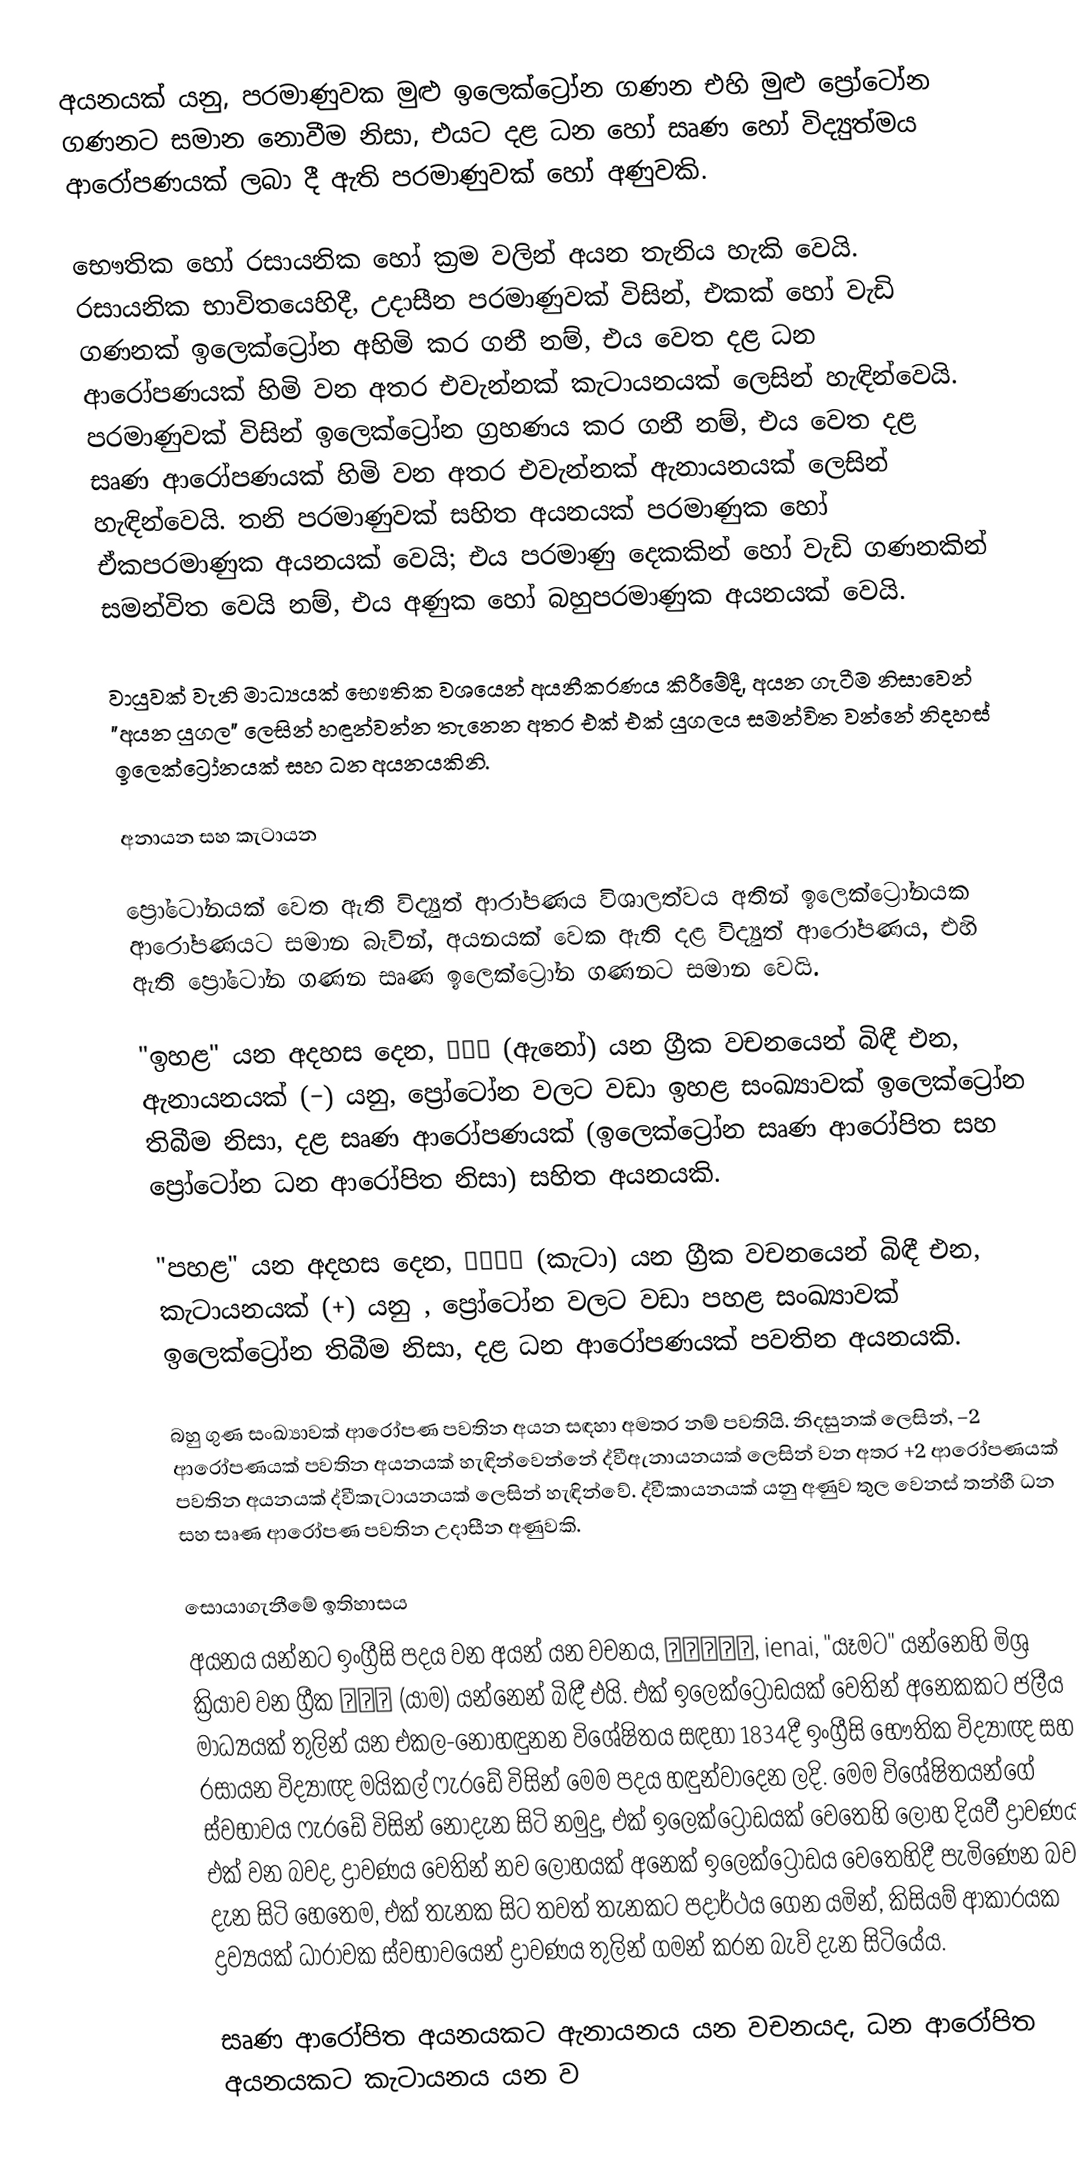
අයනයක් යනු, පරමාණුවක මුළු  ඉලෙක්ට්‍රෝන ගණන එහි  මුළු ප්‍රෝටෝන ගණනට සමාන නොවීම නිසා,  එයට දළ ධන හෝ සෘණ හෝ විද්‍යුත්මය ආරෝපණයක් ලබා දී ඇති  පරමාණුවක් හෝ අණුවකි.

භෞතික හෝ රසායනික හෝ ක්‍රම වලින් අයන තැනිය හැකි වෙයි. රසායනික භාවිතයෙහිදී, උදාසීන පරමාණුවක්  විසින්, එකක් හෝ වැඩි ගණනක් ඉලෙක්ට්‍රෝන අහිමි කර ගනී නම්, එය වෙත දළ ධන ආරෝපණයක් හිමි වන අතර එවැන්නක්  කැටායනයක් ලෙසින් හැඳින්වෙයි. පරමාණුවක් විසින් ඉලෙක්ට්‍රෝන ග්‍රහණය කර ගනී නම්, එය වෙත දළ සෘණ ආරෝපණයක් හිමි වන අතර එවැන්නක් ඇනායනයක් ලෙසින් හැඳින්වෙයි. තනි පරමාණුවක් සහිත අයනයක් පරමාණුක හෝ  ඒකපරමාණුක අයනයක් වෙයි; එය පරමාණු දෙකකින් හෝ වැඩි ගණනකින් සමන්විත වෙයි නම්, එය අණුක හෝ බහුපරමාණුක අයනයක් වෙයි.

වායුවක් වැනි මාධ්‍යයක් භෞතික වශයෙන් අයනීකරණය කිරීමේදී, අයන ගැටීම නිසාවෙන් "අයන යුගල" ලෙසින් හඳුන්වන්න තැනෙන අතර එක් එක් යුගලය සමන්විත වන්නේ නිදහස් ඉලෙක්ට්‍රෝනයක් සහ ධන අයනයකිනි.

අනායන සහ කැටායන

ප්‍රෝටෝනයක් වෙත ඇති විද්‍යුත් ආරා්පණය විශාලත්වය අතින් ඉලෙක්ට්‍රෝනයක ආරෝපණයට සමාන බැවින්, අයනයක් වෙක ඇති දළ විද්‍යුත් ආරෝපණය, එහි ඇති ප්‍රෝටෝන ගණන සෘණ ඉලෙක්ට්‍රෝන ගණනට සමාන වෙයි.

"ඉහළ" යන අදහස දෙන,  ἄνω (ඇනෝ) යන ග්‍රීක වචනයෙන් බිඳී එන, ඇනායනයක් (−) යනු, ප්‍රෝටෝන වලට වඩා ඉහළ සංඛ්‍යාවක් ඉලෙක්ට්‍රෝන තිබීම නිසා, දළ  සෘණ ආරෝපණයක් (ඉලෙක්ට්‍රෝන සෘණ ආරෝපිත සහ ප්‍රෝටෝන ධන ආරෝපිත නිසා) සහිත අයනයකි.

"පහළ" යන අදහස දෙන, κατά (කැටා) යන ග්‍රීක වචනයෙන් බිඳී එන, කැටායනයක් (+) යනු , ප්‍රෝටෝන වලට වඩා පහළ සංඛ්‍යාවක් ඉලෙක්ට්‍රෝන තිබීම නිසා, දළ  ධන ආරෝපණයක් පවතින අයනයකි.

බහු ගුණ සංඛ්‍යාවක් ආරෝපණ පවතින අයන සඳහා අමතර නම් පවතියි.  නිදසුනක් ලෙසින්, −2 ආරෝපණයක් පවතින අයනයක් හැඳින්වෙන්නේ ද්වීඇනායනයක් ලෙසින් වන අතර +2 ආරෝපණයක් පවතින අයනයක්  ද්වීකැටායනයක් ලෙසින් හැඳින්වේ.  ද්වීකායනයක් යනු අණුව තුල වෙනස් තන්හී ධන සහ සෘණ ආරෝපණ පවතින උදාසීන අණුවකි.

සොයාගැනීමේ ඉතිහාසය
අයනය  යන්නට ඉංග්‍රීසි පදය වන අයන් යන වචනය, ιεναι, ienai, "යෑමට" යන්නෙහි මිශ්‍ර ක්‍රියාව වන ග්‍රීක ιον (යාම) යන්නෙන් බිඳී එයි. එක්  ඉලෙක්ට්‍රෝඩයක්  වෙතින් අනෙකකට ජලීය මාධ්‍යයක් තුලින් යන  එකල-නොහඳුනන විශේෂිතය සඳහා 1834දී ඉංග්‍රීසි භෞතික විද්‍යාඥ සහ රසායන විද්‍යාඥ මයිකල් ෆැරඩේ විසින් මෙම පදය හඳුන්වාදෙන ලදි.  මෙම විශේෂිතයන්ගේ ස්වභාවය ෆැරඩේ විසින් නොදැන සිටි නමුදු, එක් ඉලෙක්ට්‍රෝඩයක් වෙතෙහි ලෝහ දියවී ද්‍රාවණයට එක් වන බවද, ද්‍රාවණය වෙතින් නව ලෝහයක් අනෙක් ඉලෙක්ට්‍රෝඩය වෙතෙහිදී පැමිණෙන බවද දැන සිටි හෙතෙම, එක් තැනක සිට තවත් තැනකට පදාර්ථය ගෙන යමින්, කිසියම් ආකාරයක ද්‍රව්‍යයක් ධාරාවක ස්වභාවයෙන් ද්‍රාවණය තුලින් ගමන් කරන බැව් දැන සිටියේය.

සෘණ ආරෝපිත අයනයකට ඇනායනය යන වචනයද, ධන ආරෝපිත අයනයකට කැටායනය යන ව